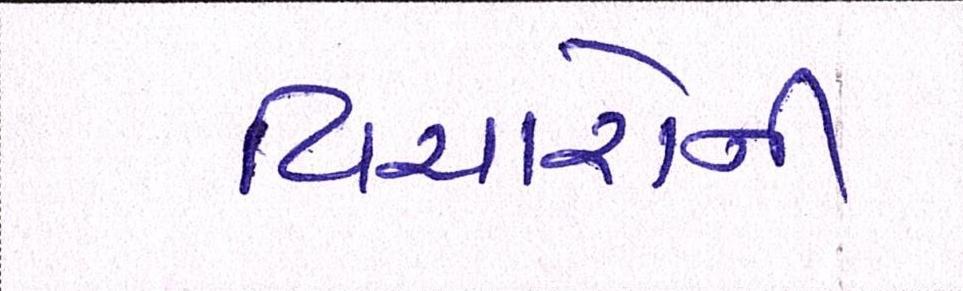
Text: વિચારોની